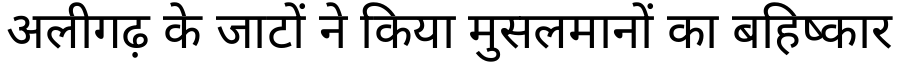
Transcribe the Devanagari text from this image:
अलीगढ़ के जाटों ने किया मुसलमानों का बहिष्कार